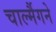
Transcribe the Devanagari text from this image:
चार्ल्मैगने